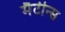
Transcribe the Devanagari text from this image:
मैटीन्स